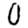
Digit: 0